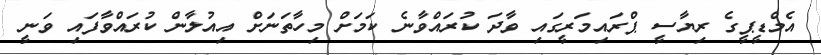
އެމްޑީޕީގެ ރިޔާސީ ޕްރައިމަރީގައި ވާދަ ކުރައްވާނެ ކަމަށް މިހާތަނަށް އިއުލާން ކުރައްވާފައި ވަނީ